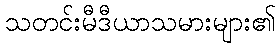
သတင်းမီဒီယာသမားများ၏